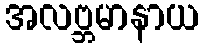
အလဗ္ဘမာနာယ